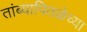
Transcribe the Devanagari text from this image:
तांब्यापितळेच्या